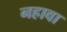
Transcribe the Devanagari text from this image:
नहावा